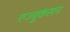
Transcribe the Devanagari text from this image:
एज्युकेसन